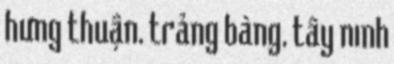
hưng thuận, trảng bàng, tây ninh